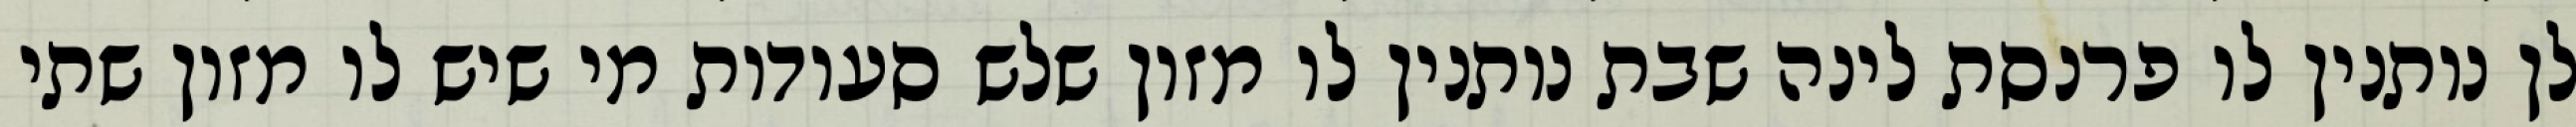
לן נותנין לו פרנסת לינה שבת נותנין לו מזון שלש סעודות מי שיש לו מזון שתי